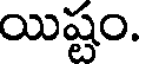
యిష్టం.